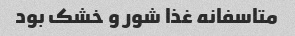
متاسفانه غذا شور و خشک بود